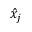
\hat { x } _ { j }